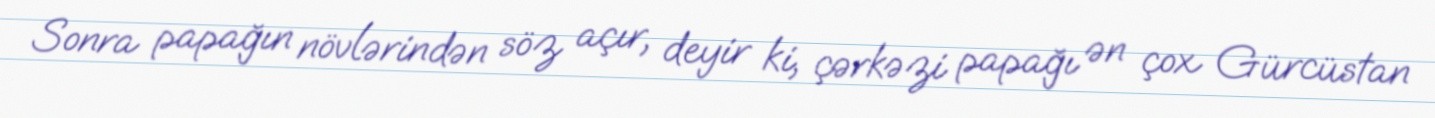
Sonra papağın növlərindən söz açır, deyir ki, çərkəzi papağı ən çox Gürcüstan